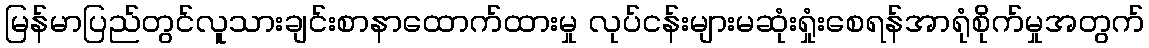
မြန်မာပြည်တွင်လူသားချင်းစာနာထောက်ထားမှု လုပ်ငန်းများမဆုံးရှုံးစေရန်အာရုံစိုက်မှုအတွက်